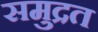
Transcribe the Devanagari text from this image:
समुद्रत